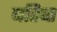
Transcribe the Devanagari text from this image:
बहिष्त